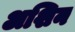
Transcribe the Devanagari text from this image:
अशिन